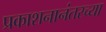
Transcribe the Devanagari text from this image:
प्रकाशनानंतरच्या